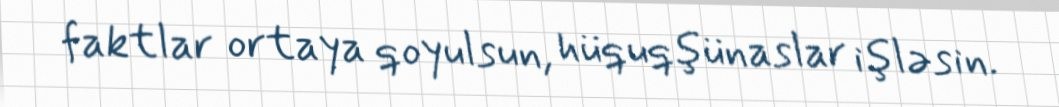
faktlar ortaya qoyulsun, hüquqşünaslar işləsin.